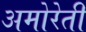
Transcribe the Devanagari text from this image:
अमोरेती